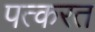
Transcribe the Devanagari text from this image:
पत्करत